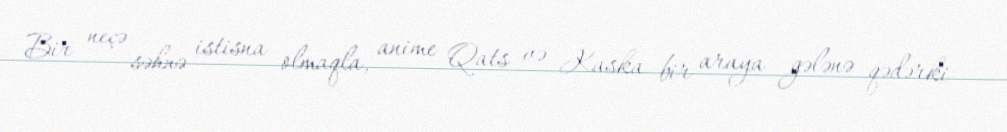
Bir neçə səhnə istisna olmaqla, anime Qats və Kaska bir araya gələnə qədərki